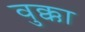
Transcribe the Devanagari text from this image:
वुक्का